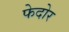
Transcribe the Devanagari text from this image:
फेदोर